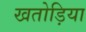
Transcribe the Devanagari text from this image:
खतोड़िया